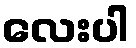
လေးပါ